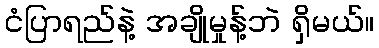
ငံပြာရည်နဲ့ အချိုမှုန့်ဘဲ ရှိမယ်။